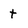
Character: t